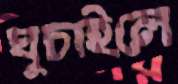
ঘুচাইলে